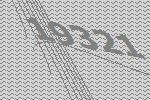
19321